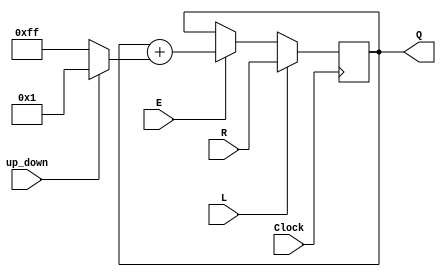
module updowncount(R,Clock, L, E, up_down, Q);
	parameter n = 8;
	input [n-1:0] R;
	input Clock, L, E, up_down;
	output reg[n-1:0] Q;
	always @(posedge Clock)
		if(L)
			Q <= R;
		else if(E)
			Q  <= Q+(up_down? 1 : -1);
			
endmodule